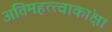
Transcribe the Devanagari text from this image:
अतिमहत्त्वाकांक्षा